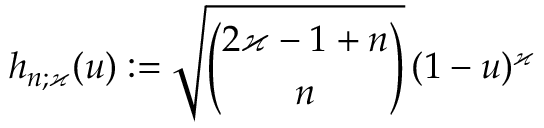
h _ { n ; \varkappa } ( u ) : = \sqrt { \binom { 2 \varkappa - 1 + n } { n } } \, ( 1 - u ) ^ { \varkappa }